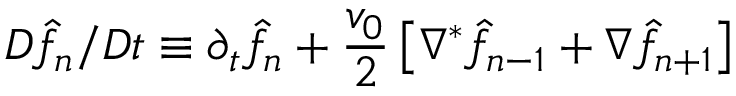
D \hat { f } _ { n } / D t \equiv \partial _ { t } \hat { f } _ { n } + { \frac { v _ { 0 } } { 2 } } \left[ \nabla ^ { * } \hat { f } _ { n - 1 } + \nabla \hat { f } _ { n + 1 } \right]